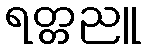
ရတ္တညူ